Vaccination in Burma 1920-1933 - 1920-1933
Year: 1920
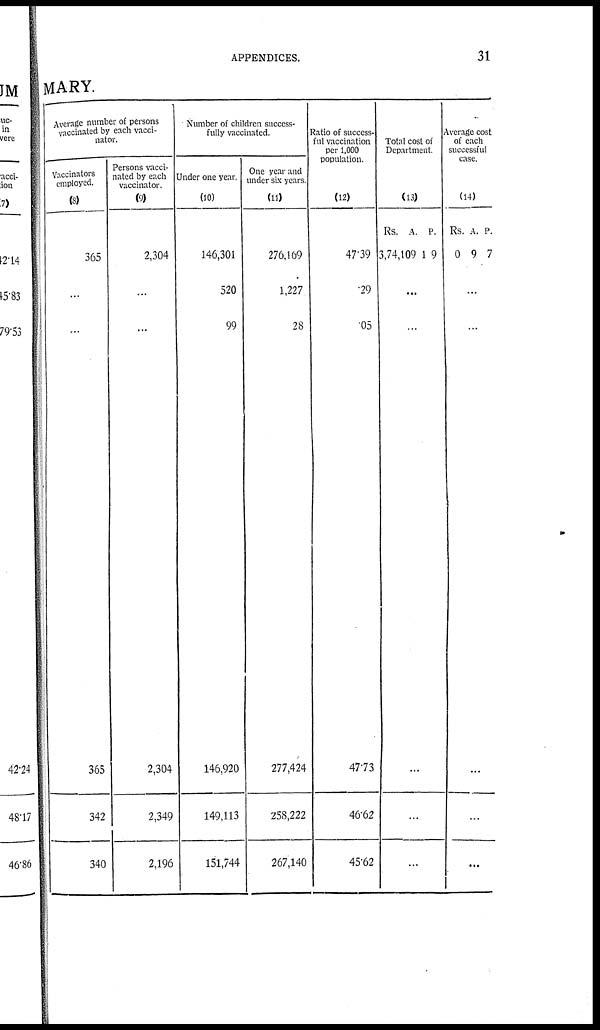
APPENDICES.
31
MARY.
Average number of persons
vaccinated by each vacci-
nator.
Vaccinators
employed.
(8)
365
...
...
365
342
340
Persons vacci-
nated by each
vaccinator.
(9)
2,304
...
...
2,304
2,349
2,196
Number of children success-
fully vaccinated.
Under one year.
(10)
146,301
520
99
146,920
149,113
151,744
One year and
under six years.
(11)
276,169
1,227
28
277,424
258,222
267,140
Ratio of success-
ful vaccination
per 1,000
population.
(12)
47.39
.29
.05
47.73
46.62
45.62
Total cost of
Department.
(13)
Rs.
3,74,109
A.
1
P.
9
...
...
...
...
...
Average cost
of each
successful
case.
(14)
Rs.
0
A.
9
P.
7
...
...
...
...
...